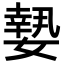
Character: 𡡘